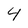
Character: 4